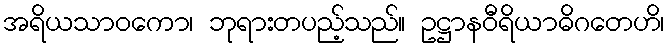
အရိယသာဝကော၊ ဘုရားတပည့်သည်။ ဥဋ္ဌာနဝီရိယာဓိဂတေဟိ၊